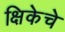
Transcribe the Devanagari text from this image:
क्षिकेचे